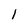
Character: 1